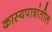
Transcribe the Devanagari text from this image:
कास्यपात्रांतील